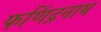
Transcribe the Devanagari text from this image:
फणिंद्रनाथ